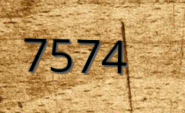
7574